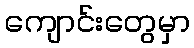
ကျောင်းတွေမှာ